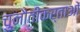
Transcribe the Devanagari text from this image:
चुनौतीकर्ताओं